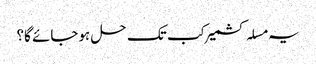
یہ مسلہ کشمیر کب تک حل ہوجائے گا؟